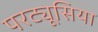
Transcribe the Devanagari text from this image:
परट्यूसिया